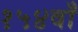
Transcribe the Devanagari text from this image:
१५४वाँ